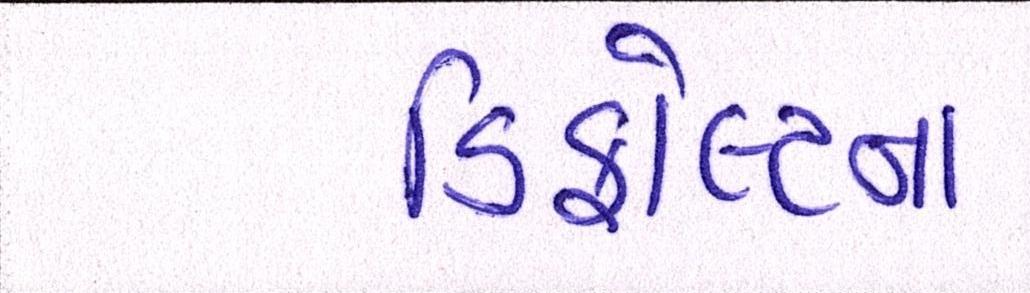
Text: ડિફોલ્ટના